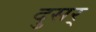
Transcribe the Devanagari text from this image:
दुसर्